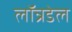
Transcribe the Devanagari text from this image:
लॉन्रडेल